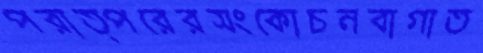
পরাত্পরেরসংকোচনবাগাত